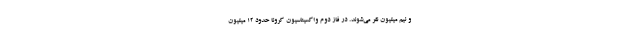
و نیم میلیون نفر می‌شوند. در فاز دوم واکسیناسیون کرونا حدود ۱۲ میلیون